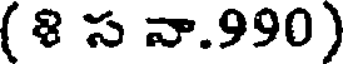
( 8 స వా.990)